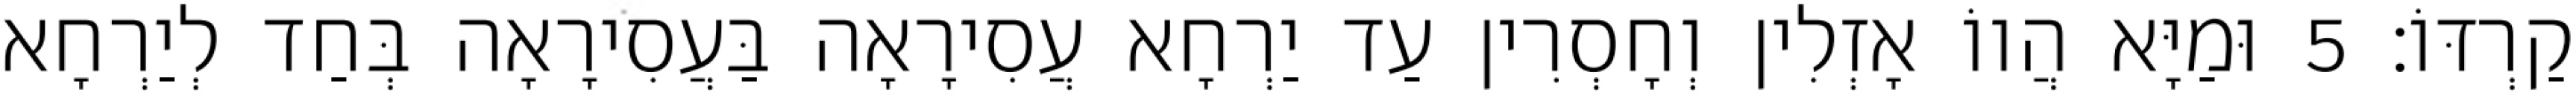
קַרְדּוֹ׃ 5 וּמַיָּא הֲווֹ אָזְלִין וְחָסְרִין עַד יַרְחָא עֲסִירָאָה בַּעֲסִירָאָה בְּחַד לְיַרְחָא